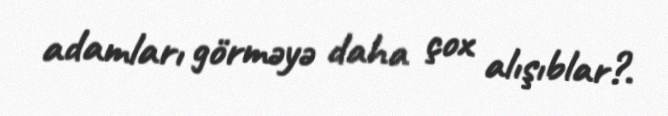
adamları görməyə daha çox alışıblar?.